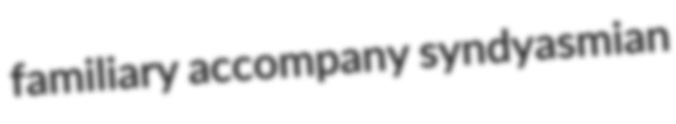
familiary accompany syndyasmian